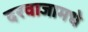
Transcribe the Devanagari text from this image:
दरवाजामधे